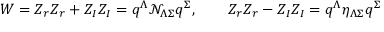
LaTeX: W = Z _ { r } Z _ { r } + Z _ { I } Z _ { I } = q ^ { \Lambda } \mathcal { N } _ { \Lambda \Sigma } q ^ { \Sigma } , \qquad Z _ { r } Z _ { r } - Z _ { I } Z _ { I } = q ^ { \Lambda } \eta _ { \Lambda \Sigma } q ^ { \Sigma }